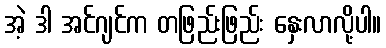
အဲ့ ဒါ အင်ဂျင်က တဖြည်းဖြည်း နှေးလာလို့ပါ။